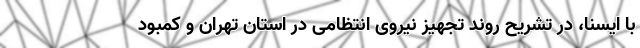
با ایسنا، در تشریح روند تجهیز نیروی انتظامی در استان تهران و کمبود